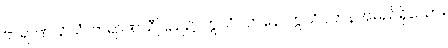
ဗာရာဏသိယံ၊ ဗာရာဏသီပြည်၌။ ဣသိပတနေ၊ ဣသိပတနအမည်ရှိသော။